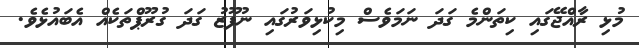
މުޅި ރާއްޖޭގައި ކިތަންމެ ގަދަ ނަމަވެސް މިކުޅިވަރުގައި ނުފޫޒު ގަދަ ގުރޫޕްތަކެއް އެބައުޅެވެ.